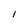
Character: I